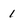
Character: 1